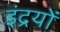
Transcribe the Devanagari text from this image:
इंद्रयों